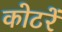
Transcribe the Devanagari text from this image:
कोटरें